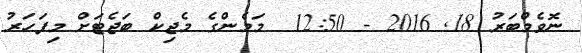
ނޮވެމްބަރު 18